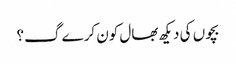
بچوں کی دیکھ بھال کون کرے گ؟